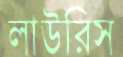
লাউরিস